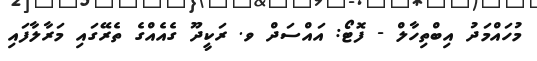
މުހައްމަދު އިބްތިހާލް - ފޮޓޯ: އައްސަދް ވ. ރަކީދޫ ގެއެއްގެ ތެރޭގައި މަރާލާފައި